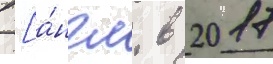
 [а́нгл. в 2017